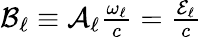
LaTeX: \begin{array}{r}{\mathcal{B}_{\ell}\equiv\mathcal{A}_{\ell}\frac{\omega_{\ell}}{c}=\frac{\mathcal{E}_{\ell}}{c}}\end{array}